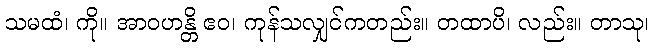
သမထံ၊ ကို။ အာဝဟန္တိ ဧဝ၊ ကုန်သလျှင်ကတည်း။ တထာပိ၊ လည်း။ တာသု၊